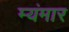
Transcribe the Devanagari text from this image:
म्यंमार